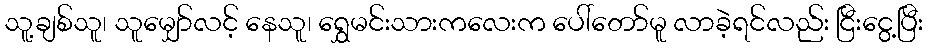
သူ့ချစ်သူ၊ သူမျှော်လင့် နေသူ၊ ရွှေမင်းသားကလေးက ပေါ်တော်မူ လာခဲ့ရင်လည်း ငြီးငွေ့ပြီး